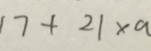
1 7 + 2 1 \times a